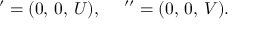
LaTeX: { \bf \Pi ^ { \prime } } = ( 0 , \, 0 , \, U ) , \quad { \bf \Pi } ^ { \prime \prime } = ( 0 , \, 0 , \, V ) { . }